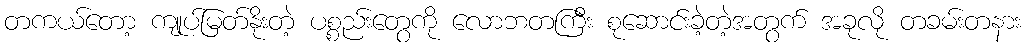
တကယ်တော့ ကျုပ်မြတ်နိုးတဲ့ ပစ္စည်းတွေကို လောဘတကြီး စုဆောင်းခဲ့တဲ့အတွက် အခုလို တခမ်းတနား